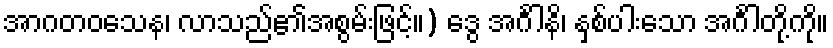
အာဂတဝသေန၊ လာသည်၏အစွမ်းဖြင့်။) ဒွေ အင်္ဂါနိ၊ နှစ်ပါးသော အင်္ဂါတို့ကို။